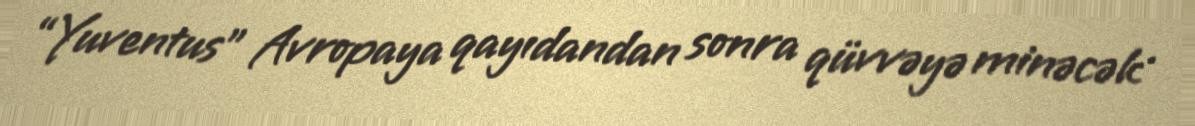
“Yuventus” Avropaya qayıdandan sonra qüvvəyə minəcək .